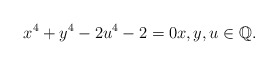
\begin{align*}x^4+y^4-2u^4-2=0x,y,u\in\Bbb{Q}.\end{align*}